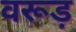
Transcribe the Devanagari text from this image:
वरूड़